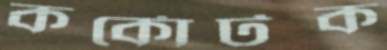
কর্কোটক